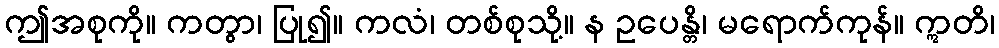
ဤအစုကို။ ကတွာ၊ ပြု၍။ ကလံ၊ တစ်စုသို့။ န ဥပေန္တိ၊ မရောက်ကုန်။ ဣတိ၊